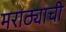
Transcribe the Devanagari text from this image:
मराठ्याची